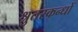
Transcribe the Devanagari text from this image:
श्रुतस्कन्धों